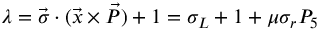
\lambda = \vec { \sigma } \cdot ( \vec { x } \times \vec { P } ) + 1 = \sigma _ { L } + 1 + \mu \sigma _ { r } P _ { 5 }